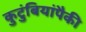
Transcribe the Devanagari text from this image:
कुटुंबियांपैकी